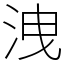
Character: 洩